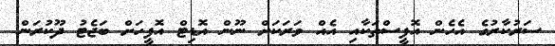
ސަރުކާރުގެ އެހެން އޮފީސްތަކާއި އެއް ވަރަކަށް ނޫން އޮޑިޓް އޮފީހަށް ބަޖެޓު ދޫކުރަން